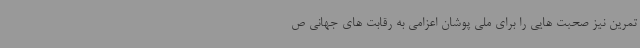
تمرین نیز صحبت هایی را برای ملی پوشان اعزامی به رقابت های جهانی ص